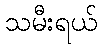
သမီးရယ်